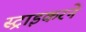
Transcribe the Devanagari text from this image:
स्ट्राइकरने